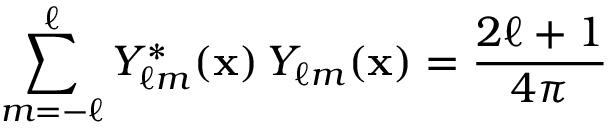
\sum _ { m = - \ell } ^ { \ell } Y _ { \ell m } ^ { * } ( \mathbf { x } ) \, Y _ { \ell m } ( \mathbf { x } ) = { \frac { 2 \ell + 1 } { 4 \pi } }